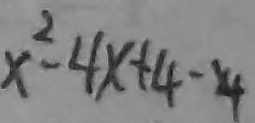
x ^ { 2 } - 4 x + 4 - 4